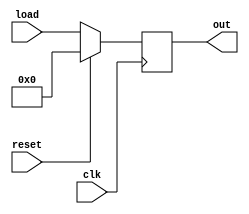

module Simple_Register #(parameter W=8)(clk, reset, load, out);

	input [W-1:0] load;
	input clk, reset;
	
	output reg [W-1:0] out;
	
	initial begin
		out <= 0;
	end
	
	always @ (posedge clk)
	begin
		//check reset
		if(reset == 1) begin
			out <= 0;
		end else begin
			out <= load[7:0];
		end
 	
	end
	
endmodule